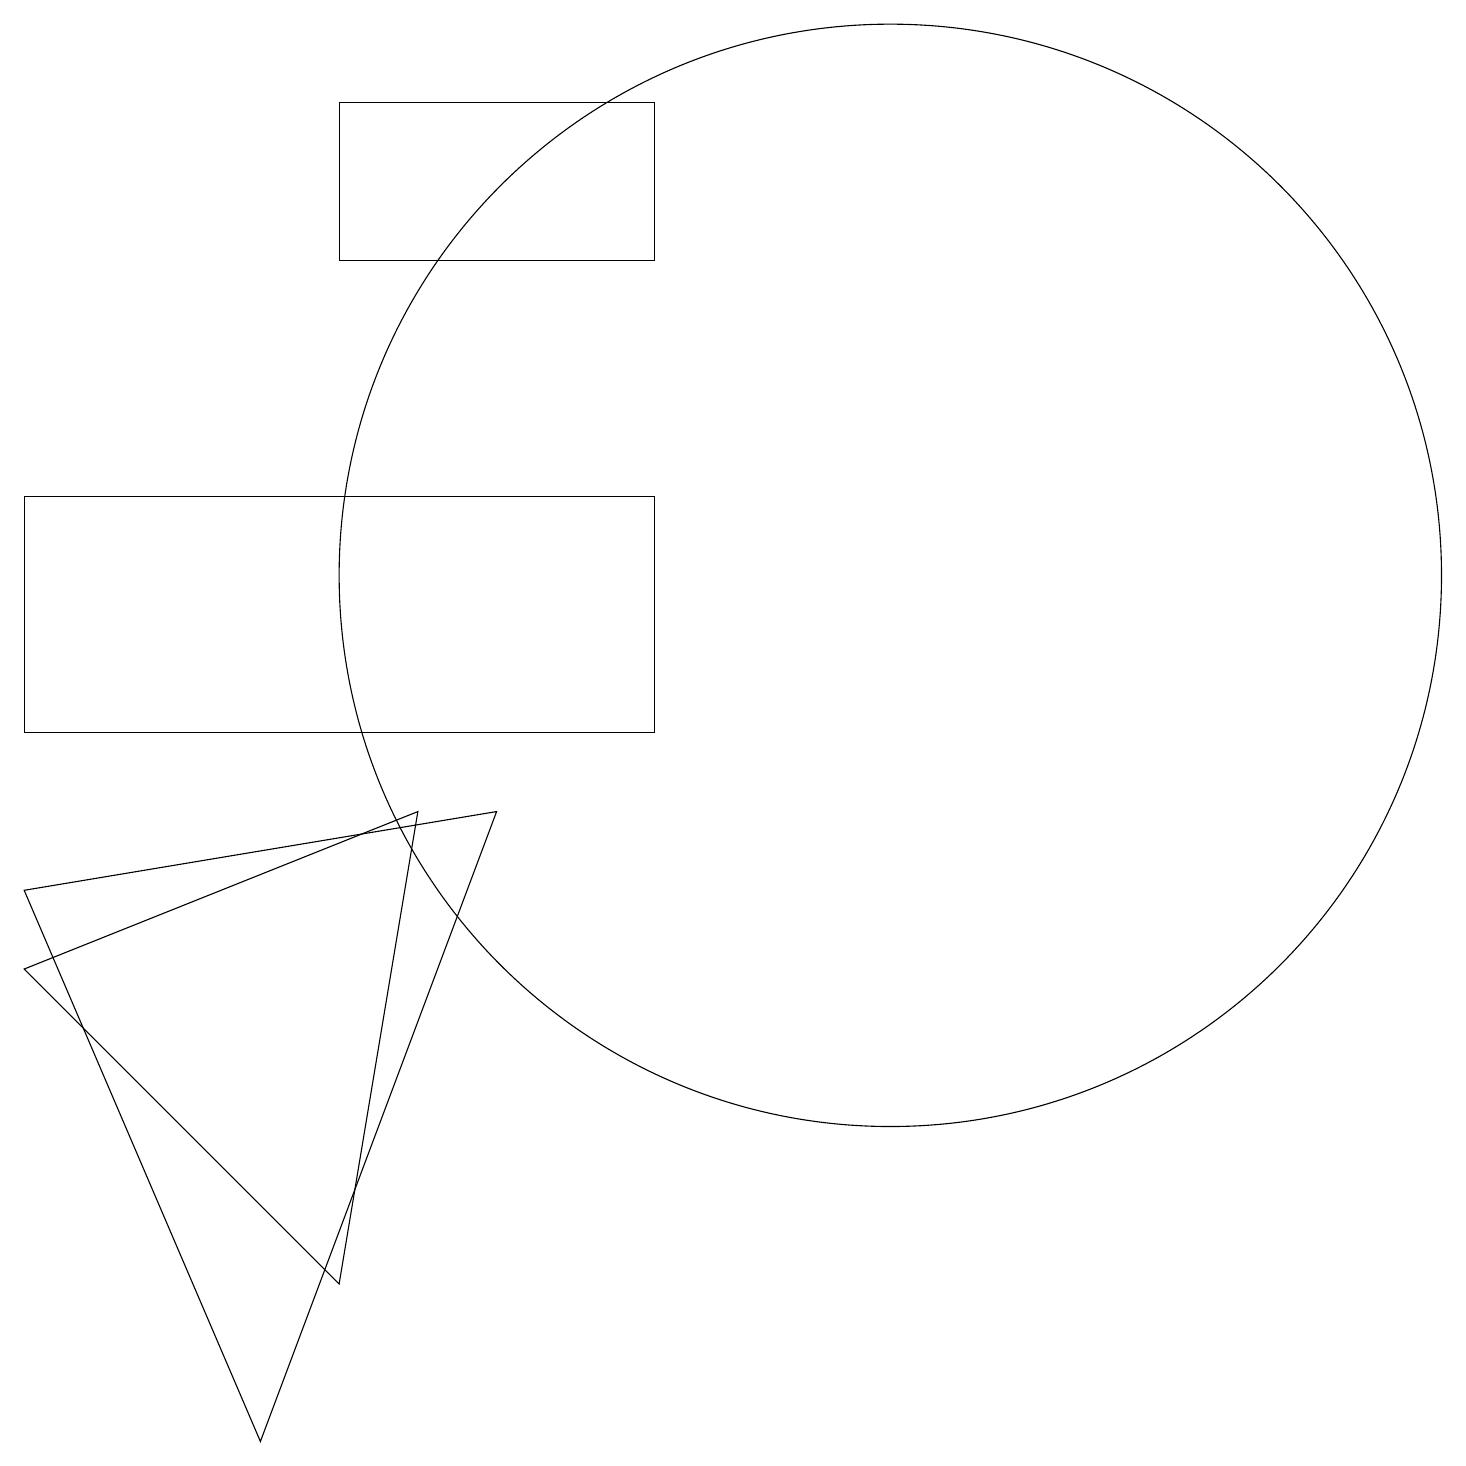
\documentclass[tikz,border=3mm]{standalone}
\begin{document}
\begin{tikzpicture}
\draw (11,12) circle (7);
\draw (6,9) -- (3,1) -- (0,8) -- cycle;
\draw (8,10) rectangle (0,13);
\draw (0,7) -- (4,3) -- (5,9) -- cycle;
\draw (8,18) rectangle (4,16);
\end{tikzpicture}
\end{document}